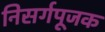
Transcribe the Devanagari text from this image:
निसर्गपूजक